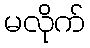
မလိုက်